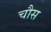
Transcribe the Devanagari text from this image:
चौस